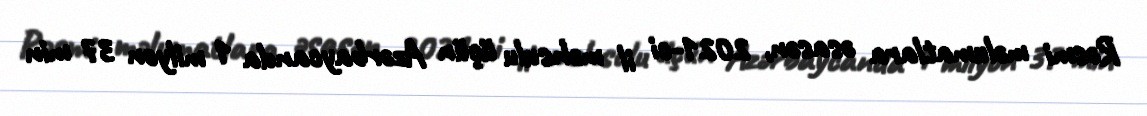
Rəsmi məlumatlara əsasən, 2021-ci il məhsulu üçün Azərbaycanda 1 milyon 37 min